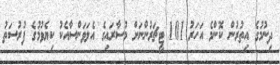
ދިނުމުގެ އިތުރުން ކޮންމެ އަހަރު 101 ޓީޗަރުންނަށް މުސާރައިގެ އެލަވަންސާއެކު ކިޔެވުމުގެ ފުރުސަތު